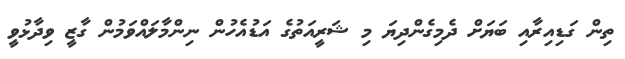
ތިން ގަޑިއިރާއި ބަޔަށް ދެމިގެންދިޔަ މި ޝަރީއަތުގެ އަޑުއެހުން ނިންމާލައްވަމުން ގާޒީ ވިދާޅުވީ